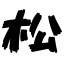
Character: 松